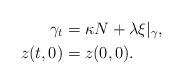
LaTeX: \begin{align*}\gamma_{t} & =\kappa N+\lambda\xi|_{\gamma}, \\z(t,0) & =z(0,0).\end{align*}